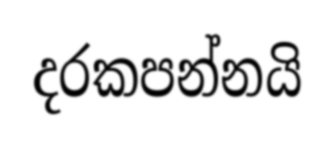
දරකපන්නයි